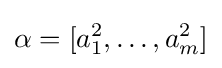
\alpha =[a_{1}^{2},\dots ,a_{m}^{2}]